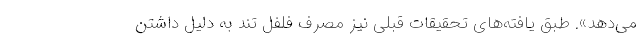
می‌دهد». طبق یافته‌های تحقیقات قبلی نیز مصرف فلفل تند به دلیل داشتن